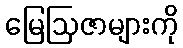
မြေဩဇာများကို